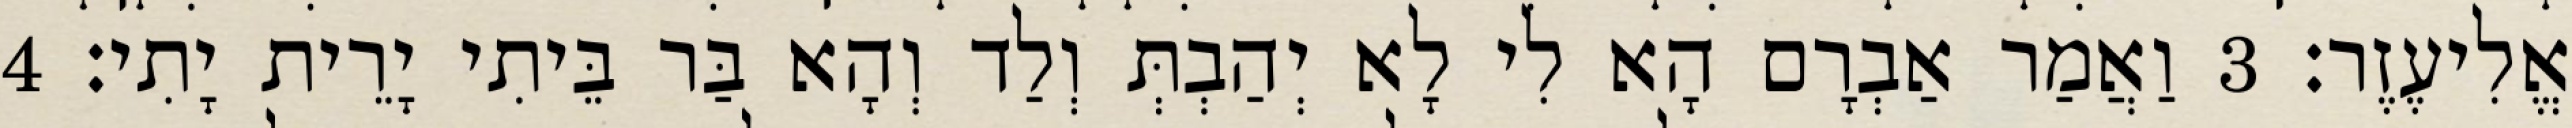
אֱלִיעֶזֶר׃ 3 וַאֲמַר אַבְרָם הָא לִי לָא יְהַבְתְּ וְלַד וְהָא בַּר בֵּיתִי יָרֵית יָתִי׃ 4